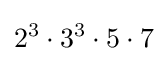
2^{3}\cdot 3^{3}\cdot 5\cdot 7